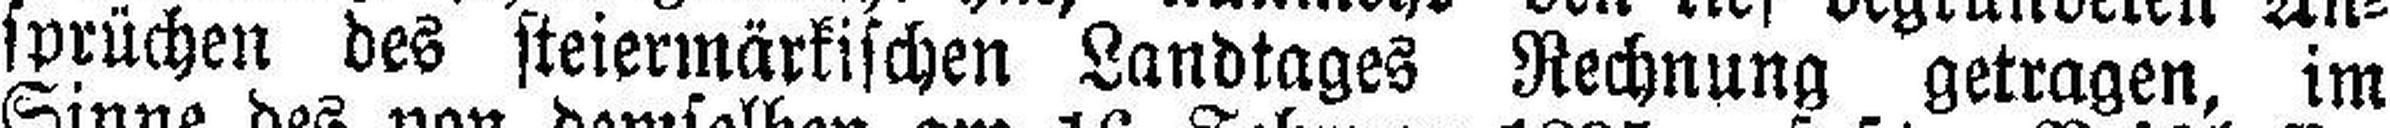
sprüchen des steiermärkischen Landtages Rechnung getragen, im